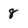
Character: 8